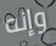
وإنه